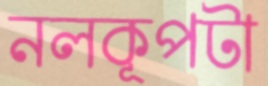
নলকূপটা